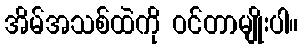
အိမ်အသစ်ထဲကို ဝင်တာမျိုးပါ။